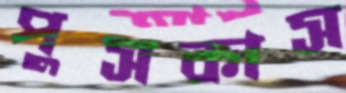
পুসকাস